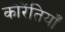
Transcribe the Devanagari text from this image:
कोरेंतियाँ